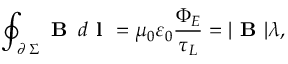
\oint _ { \scriptstyle \partial \, \Sigma } \textbf { B } \, d \textbf { l } = \mu _ { 0 } \varepsilon _ { 0 } \frac { \Phi _ { E } } { \tau _ { L } } = | \textbf { B } | \lambda ,